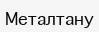
Металтану